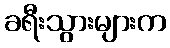
ခရီးသွားများက